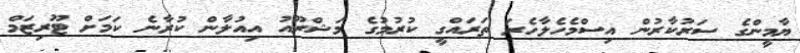
ޔާމީންގެ ސަރުކާރުން އިސްމެހެލާހެރަ ތަރައްގީ ކުރުމުގެ މަޝްރޫއު އިއުލާން ކުރާނެ ކަމަށް ޓޫރިޒަމް